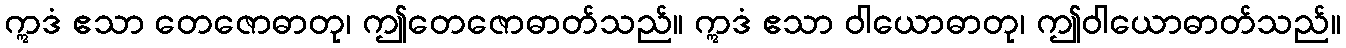
ဣဒံ ဧသာ တေဇောဓာတု၊ ဤတေဇောဓာတ်သည်။ ဣဒံ ဧသာ ဝါယောဓာတု၊ ဤဝါယောဓာတ်သည်။